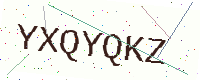
Text: YXQYQKZ